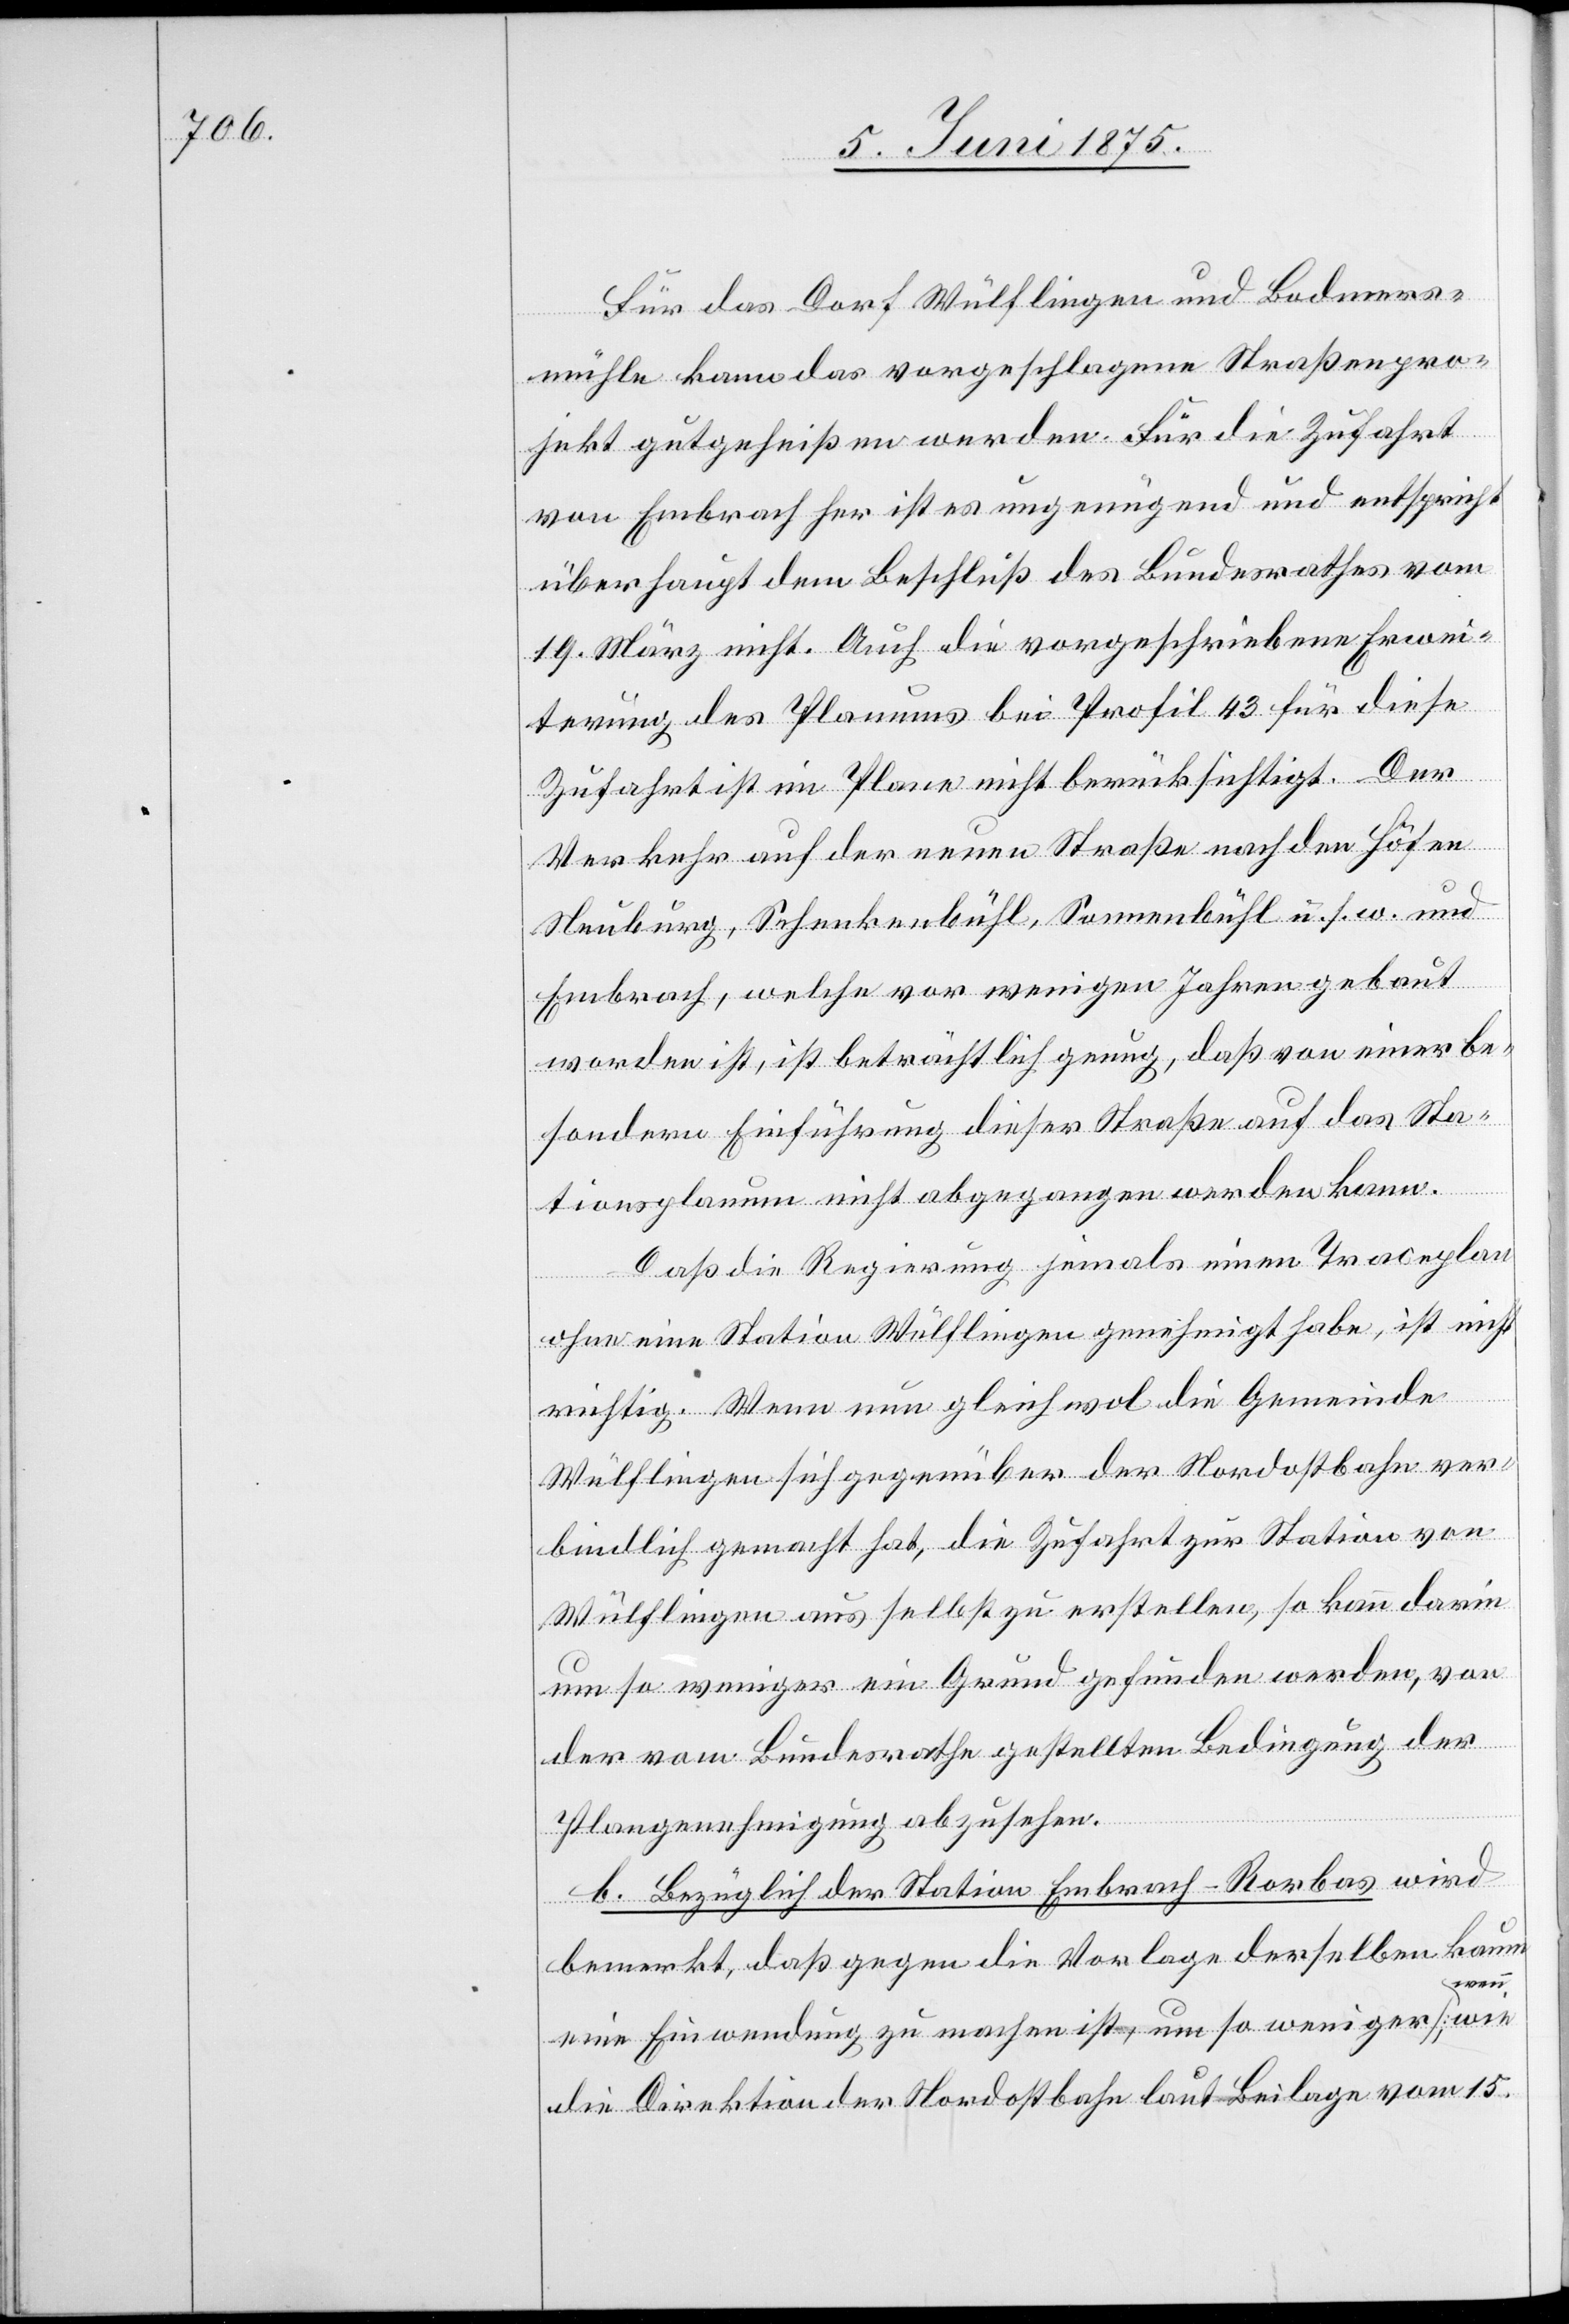
Für das Dorf Wülflingen und Bodmers¬
mühle kann das vorgeschlagene Straßenpro¬
jekt gutgeheißen werden. Für die Zufahrt
von Embrach her ist es ungenügend und entspricht
überhaupt dem Beschluß des Bundesrathes vom
19. März nicht. Auch die vorgeschriebene Erwei¬
terung des Planums bei Profil 43 für diese
Zufahrt ist im Plane nicht berücksichtigt. Der
Verkehr auf der neuen Straße nach den Höfen
Neuburg, Schneckenbühl, Sonnenbühl u. s. w. und
Embrach, welche vor wenigen Jahren gebaut
worden ist, ist beträchtlich genug, daß von einer be¬
sondern Einführung dieser Straße auf das Sta¬
tionsplanum nicht abgegangen werden kann.
Daß die Regierung jemals einen Traceplan
ohne eine Station Wülflingen genehmigt habe, ist nicht
richtig. Wenn nun gleichwol die Gemeinde
Wülflingen sich gegenüber der Nordostbahn ver¬
bindlich gemacht hat, die Zufahrt zur Station von
Wülflingen aus selbst zu erstellen, so kann darin
um so weniger ein Grund gefunden werden, von
wie
der vom Bundesrathe gestellten Bedingung der
Plangenehmigung abzusehen.
b. Bezüglich der Station Embrach-Rorbas wird
bemerkt, daß gegen die Vorlage derselben kaum
[wenn
eine Einwendung zu machen ist, um so weniger
die Direktion der Nordostbahn laut Beilage vom 15.